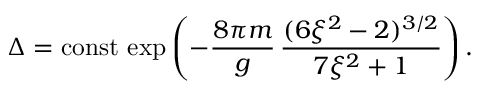
\Delta = \mathrm { c o n s t } \, \exp \left( - \frac { 8 \pi m } { g } \, \frac { ( 6 \xi ^ { 2 } - 2 ) ^ { 3 / 2 } } { 7 \xi ^ { 2 } + 1 } \right) .